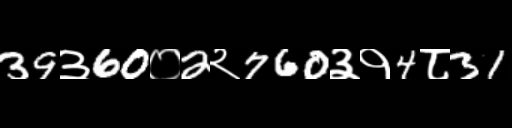
Text: 39३60०2२760३१4८31